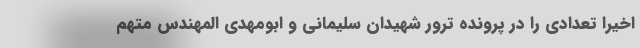
اخیرا تعدادی را در پرونده ترور شهیدان سلیمانی و ابومهدی المهندس متهم